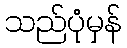
သည်ပုံမှန်